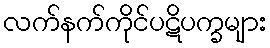
လက်နက်ကိုင်ပဋိပက္ခများ